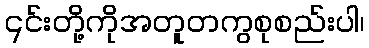
၎င်းတို့ကိုအတူတကွစုစည်းပါ၊